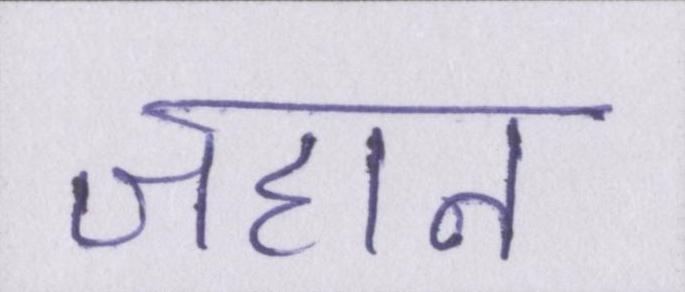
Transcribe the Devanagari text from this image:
जहान